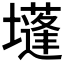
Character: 𡓄